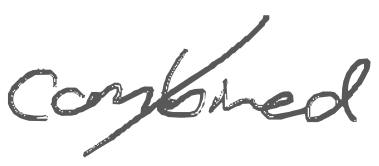
Text: combined
Cross-out: diagonal
Writing tool: digital_gray